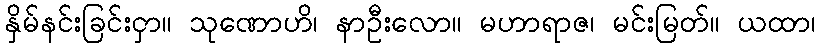
နှိမ်နင်းခြင်းငှာ။ သုဏောဟိ၊ နာဦးလော။ မဟာရာဇ၊ မင်းမြတ်။ ယထာ၊